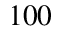
1 0 0